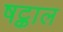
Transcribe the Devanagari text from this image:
षट्काल